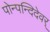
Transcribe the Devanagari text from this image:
पोन्पन्दिदेवर्